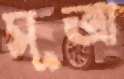
সূত্রা